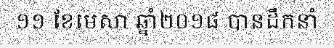
១១ ខែមេសា ឆ្នាំ២០១៨ បានដឹកនាំ